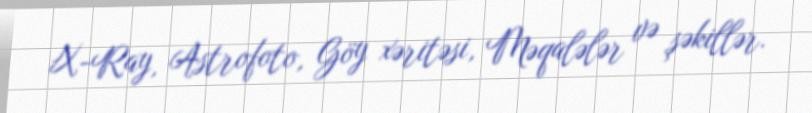
X-Ray, Astrofoto, Göy xəritəsi, Məqalələr və şəkillər.